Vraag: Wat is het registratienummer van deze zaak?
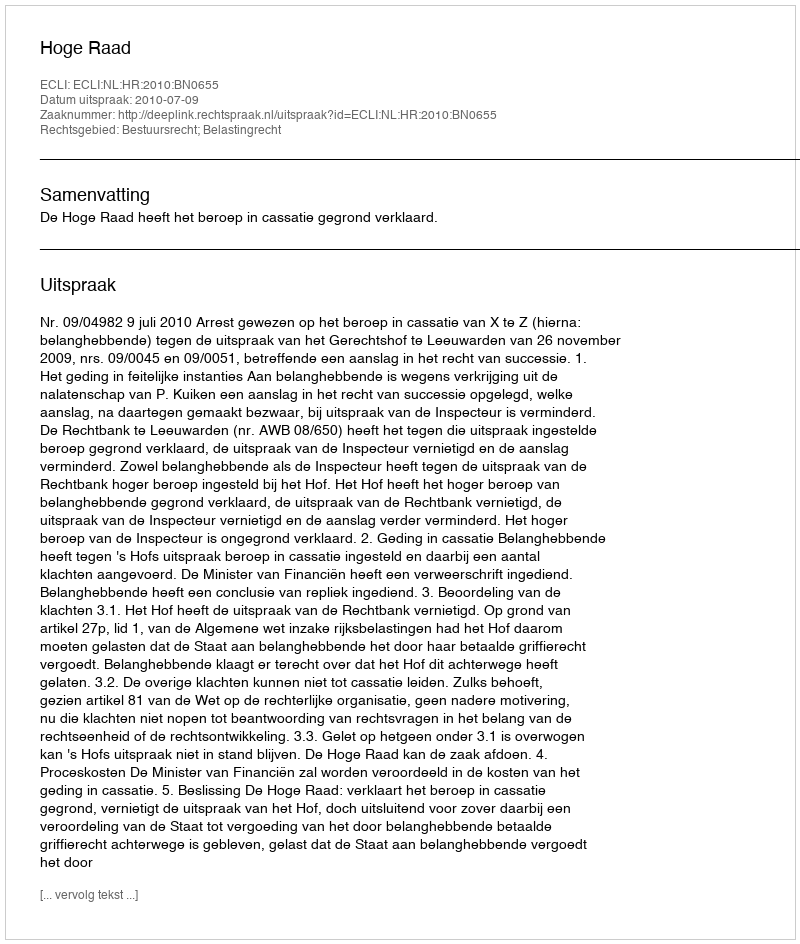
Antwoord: http://deeplink.rechtspraak.nl/uitspraak?id=ECLI:NL:HR:2010:BN0655